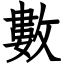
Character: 數